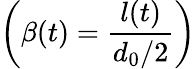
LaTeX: \left(\beta(t)=\frac{l(t)}{d_{0}/2}\right)